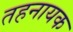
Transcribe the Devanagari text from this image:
तहनायक